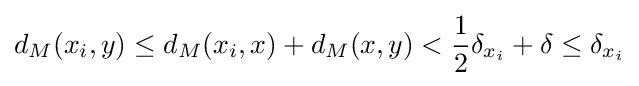
d_{M}(x_{i},y)\leq d_{M}(x_{i},x)+d_{M}(x,y)<{\frac {1}{2}}\delta _{x_{i}}+\delta \leq \delta _{x_{i}}